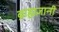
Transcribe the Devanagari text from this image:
ब्राह्मज्ञानी